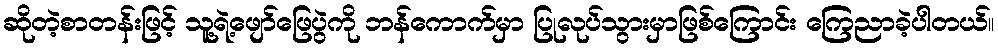
ဆိုတဲ့စာတန်းဖြင့် သူ့ရဲ့ဖျော်ဖြေပွဲကို ဘန်ကောက်မှာ ပြုလုပ်သွားမှာဖြစ်ကြောင်း ကြေညာခဲ့ပါတယ်။